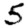
Digit: 5